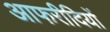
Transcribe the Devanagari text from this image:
आफरीदियों